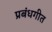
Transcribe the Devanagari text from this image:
प्रबंधगीत